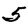
Digit: 5